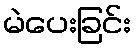
မဲပေးခြင်း